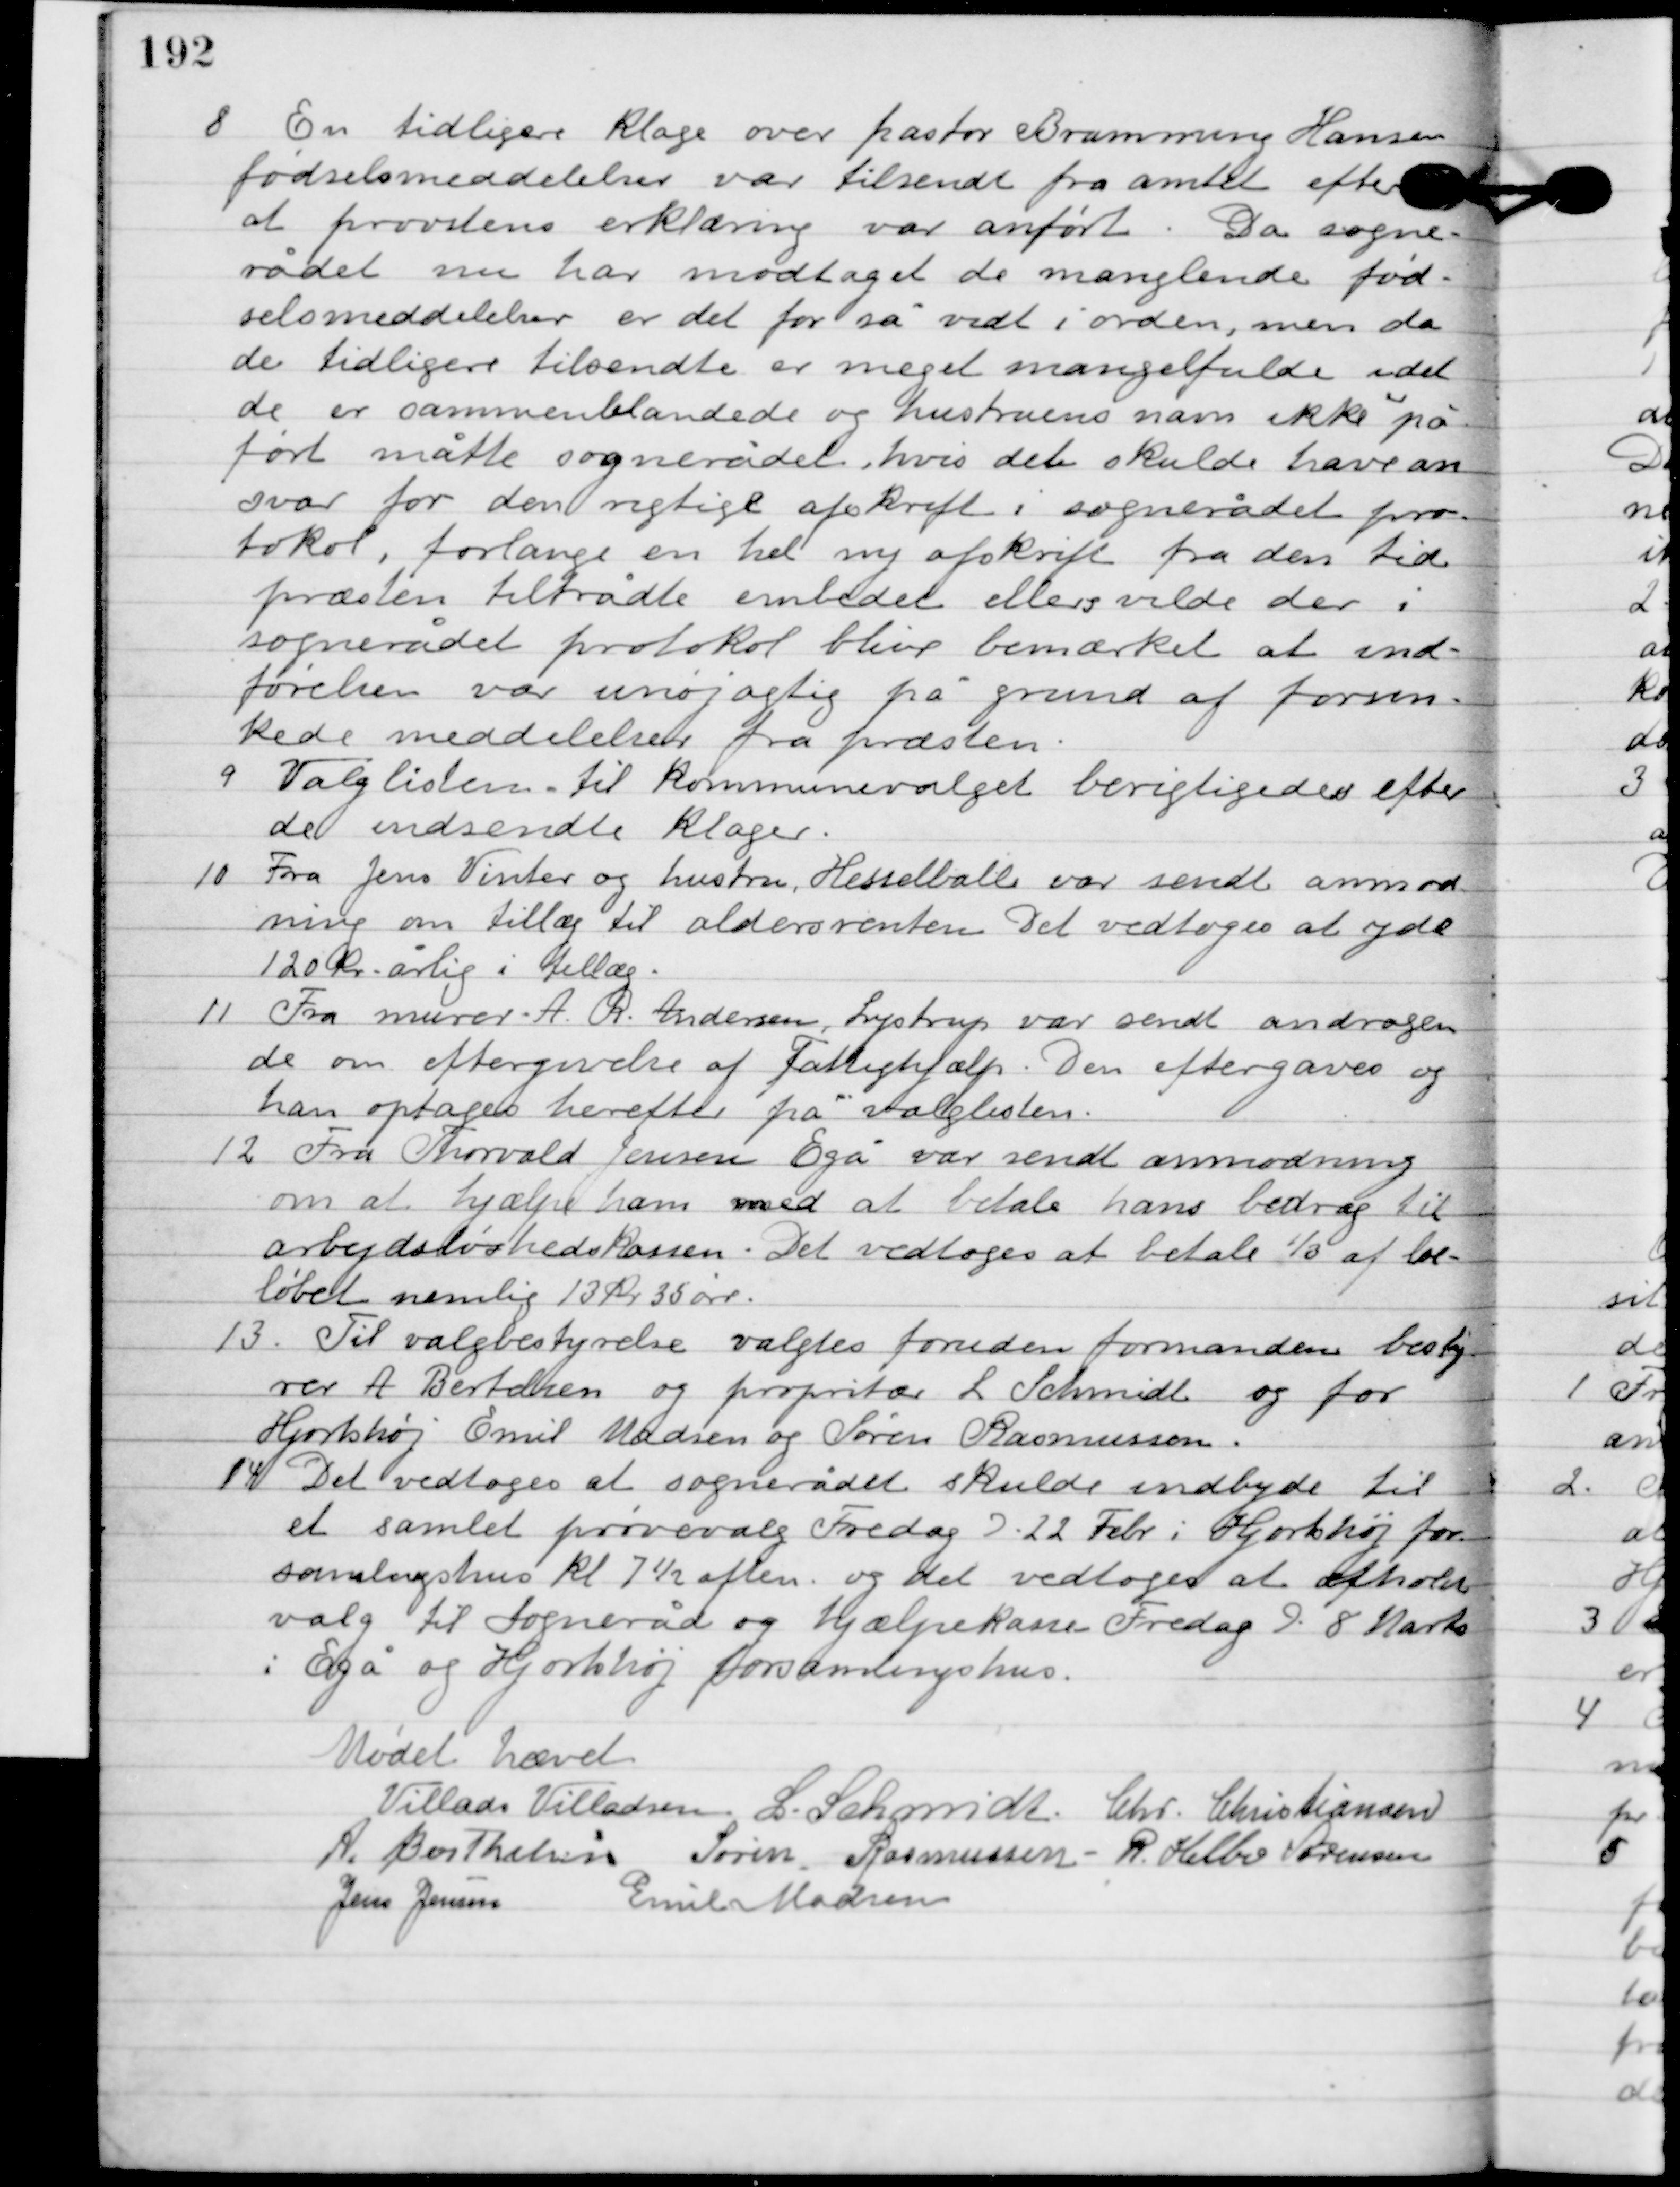
Transskription:
8

En tidligere klage over pastor Bramming Hansen
fødselsmeddelelser var tilsendt fra amtet efter
at provstens erklæring var anført. Da sogne-
rådet nu har modtaget de manglende fød-
selsmeddelelser er det for så vidt i orden, men da
de tidligere tilsendte er meget mangelfulde idet
de er sammenblandede og hustruers navn ikke på-
ført måtte sognerådet, hvis den skulde have an-
svar for dem rigtige afskrift i sognerådet pro-
tokol, forlange en hel ny afskrift fra den tid
præsten tiltrådte embedet ellers vilde der i
sognerådet protokol blive bemærket at ind-
førelsen var unøjagtig på grund af forsin-
kede meddelelser fra præsten.

9

Valglisten til kommunevalget berigtigedes efter
de indsendte klager.

10

Fra Jens vinter og hustru Hesselballe var sendt anmod-
ning om tillæg til aldersrenten. Det vedtoges at yde
120 kr. årlig i tillæg.

11

Fra murer A.R. Andersen, Lystrup var sendt andragende
 om eftergivelse af fattighjælp. Den eftergaves og
han optages herefter på valglisten.

12

Fra Torvald Jensen Egå var sendt anmodning
om at hjælpe ham med at betale hans bidrag til
arbejdsløshedskassen. Det vedtoges at betale 1/3 af be-
løbet nemlig 13 kr. 35 øre.

13

Til valgbestyrelse valgtes foruden formanden besty-
rer A. Bertelsen og proprietær I. Schmidt og for
Hjortshøj Emil Madsen og Søren Rasmussen.

14

Det vedtoges at sognerådet kulde indbyde til
et samlet prøvevalg Fredag D. 22. Febr. I Hjortshøj for-
samlingshus kl. 7½ aften, og det vedtoges at afholde
valg til Sogneråd og hjælpeklasse Fredag D. 8. Marts
 i Egå og Hjortshøj forsamlingshus.

Mødet hævet

Villads J. Villadsen
I. Schmidt
Chr. Christiansen
A. Berthelsen
Søren Rasmussen
R. Helbo Sørensen
Jens Jensen
Emil Madsen